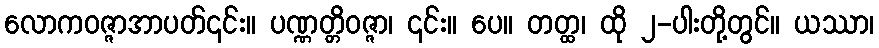
လောကဝဇ္ဇာအာပတ်၎င်း။ ပဏ္ဏတ္တိဝဇ္ဇာ၊ ၎င်း။ ပေ။ တတ္ထ၊ ထို ၂-ပါးတို့တွင်။ ယဿာ၊